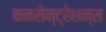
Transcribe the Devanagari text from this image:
कनसेन्ट्रेशन्स